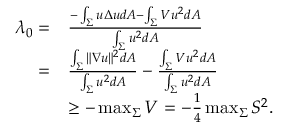
\begin{array} { r l } { \lambda _ { 0 } = } & { \frac { - \int _ { \Sigma } u \Delta u d A - \int _ { \Sigma } V u ^ { 2 } d A } { \int _ { \Sigma } u ^ { 2 } d A } } \\ { = } & { \frac { \int _ { \Sigma } \Vert \nabla u \Vert ^ { 2 } d A } { \int _ { \Sigma } u ^ { 2 } d A } - \frac { \int _ { \Sigma } V u ^ { 2 } d A } { \int _ { \Sigma } u ^ { 2 } d A } } \\ & { \geq - \operatorname* { m a x } _ { \Sigma } V = - \frac { 1 } { 4 } \operatorname* { m a x } _ { \Sigma } S ^ { 2 } . } \end{array}